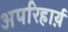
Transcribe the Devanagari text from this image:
अपरिहार्य़